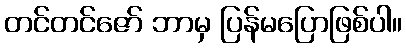
တင်တင်ဇော် ဘာမှ ပြန်မပြောဖြစ်ပါ။